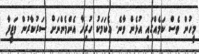
މީހުން ވެސް ކަމެއްގައި އުޅެން ވާނެ. އެކަމަކު ހުރިހާ އެންމެންނަށް ސަރުކާރުން ވަޒީފާ